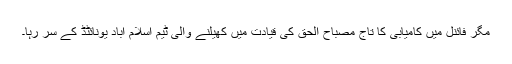
مگر فائنل میں کامیابی کا تاج مصباح الحق کی قیادت میں کھیلنے والی ٹیم اسلام آباد یونائٹڈ کے سر رہا۔